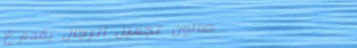
صالون تجميل الرجال يقدم خ